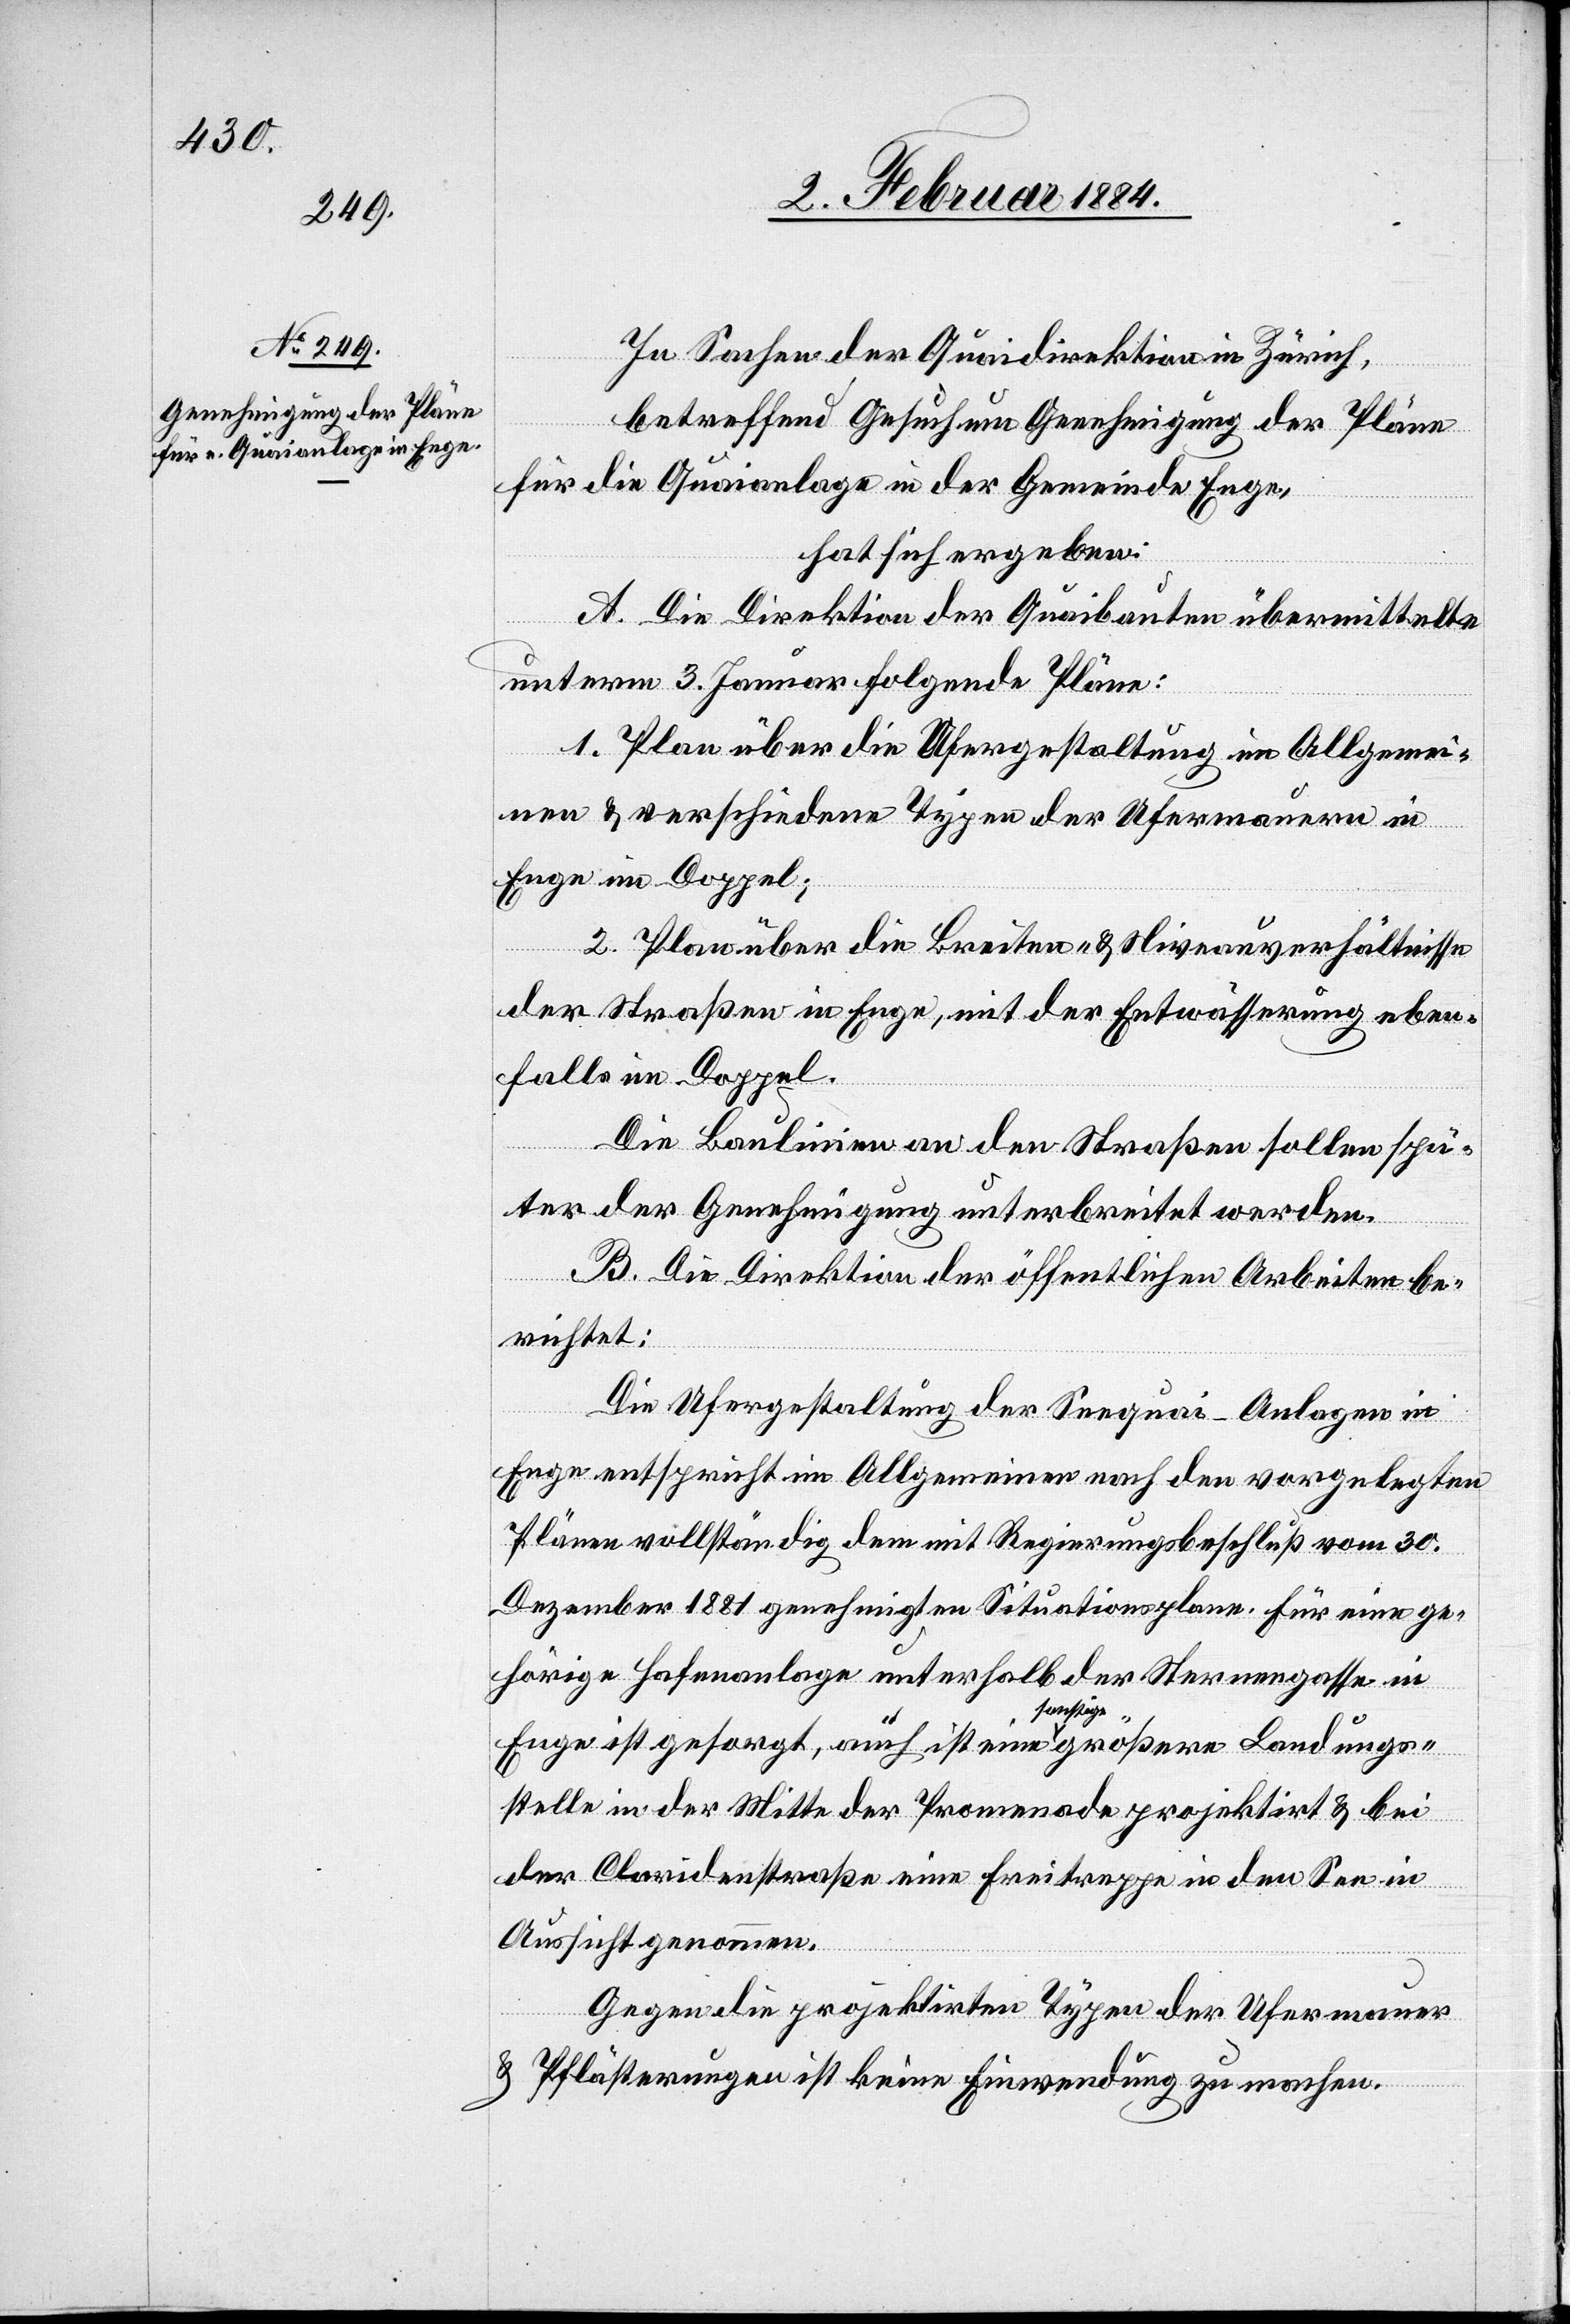
In Sachen der Quaidirektion Zürich,
betreffend Gesuch um Genehmigung der Pläne
für die Quaianlage in der Gemeinde Enge,
hat sich ergeben:
A. Die Direktion der Quaibauten übermittelten
unterm 3. Januar folgende Pläne:
1. Plan über die Ufergestaltung im Allgemei¬
nen & verschiedene Typen der Ufermauern in
Enge im Doppel;
2. Plan über die Breiten- & Niveauverhältnisse
der Straßen in Enge, mit der Entwässerung eben¬
falls im Doppel.
Die Baulinien an den Straßen sollen spä¬
ter der Genehmigung unterbreitet werden.
B. Die Direktion der öffentlichen Arbeiten be¬
richtet:
Die Ufergestaltung der Seequai-Anlagen in
Enge entspricht im Allgemeinen nach den vorgelegten
Plänen vollständig dem mit Regierungsbeschluß vom 30.
Dezember 1881 genehmigten Situationsplan. Für eine ge¬
hörige Hafenanlage unterhalb der Sternengasse in
Enge ist gesorgt, auch ist eine sonstige größere Landungs¬
stelle in der Mitte der Promenade projektirt & bei
der Claridenstraße eine Freitreppe in den See in
Aussicht genommen.
Gegen die projektirte Treppe der Ufermauer
& Pflästerungen ist keine Einwendung zu machen.